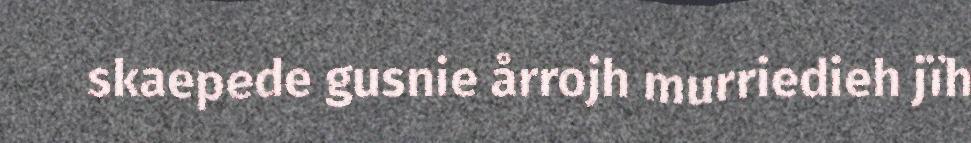
skaepede gusnie årrojh murriedieh jïh